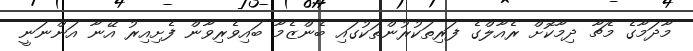
މާދަމާގެ މެޗާ ދިމާކޮށް ރެއާލްގެ ފަރިތަކުރުންތަކުގައި ބެންޒެމާ ބައިވެރިވާން ފެށިއިރު އޭނާ އަންނަނީ